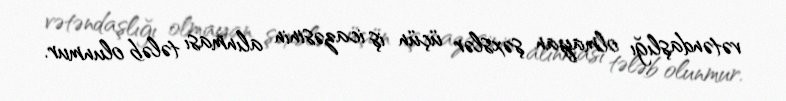
vətəndaşlığı olmayan şəxslər üçün iş icazəsinin alınması tələb olunmur.